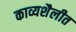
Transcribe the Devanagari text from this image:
काव्यशैलीत